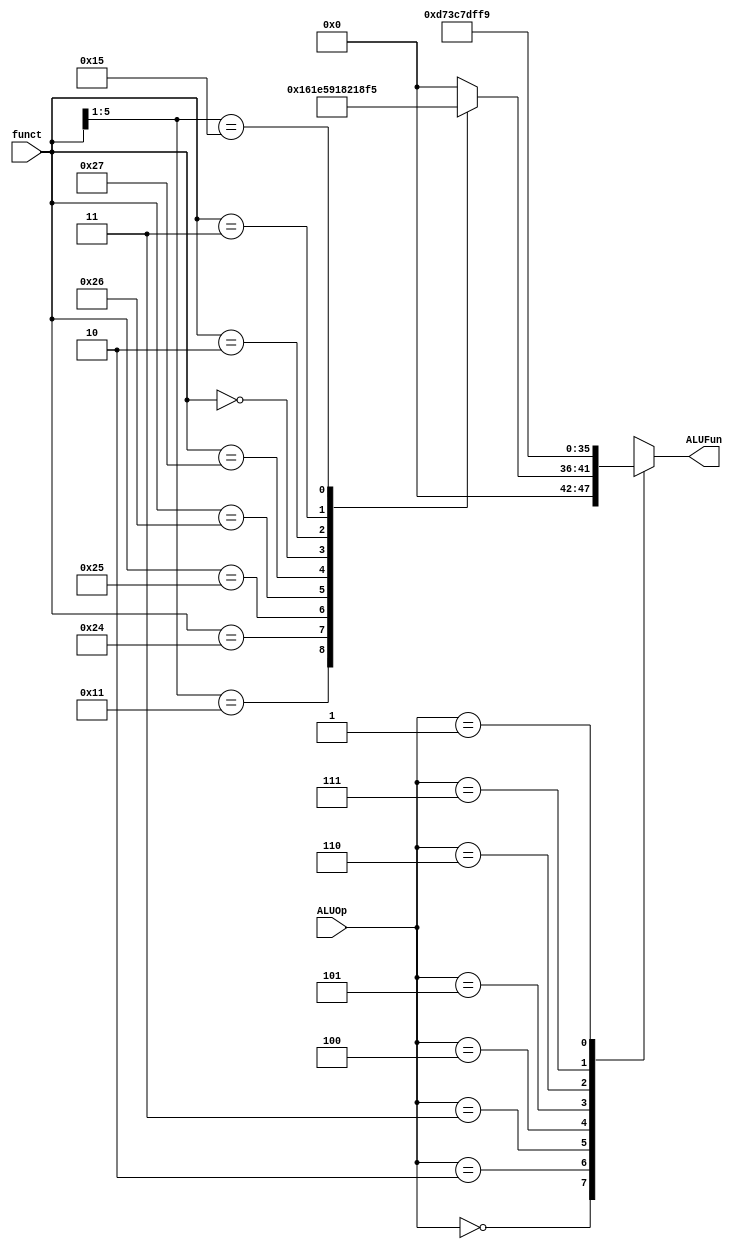
module ALUCtl(ALUOp, funct, ALUFun);
	input [2:0] ALUOp;
	input [5:0] funct;
	output reg [5:0] ALUFun;
	always @(*)
		case(ALUOp)
			3'h0:ALUFun<=6'h00;
			3'h2:
				casex(funct)
					6'b10_000x:ALUFun<=6'h00;
					6'b10_001x:ALUFun<=6'h01;
					6'h24:ALUFun<=6'h18;
					6'h25:ALUFun<=6'h1e;
					6'h26:ALUFun<=6'h16;
					6'h27:ALUFun<=6'h11;
					6'h00:ALUFun<=6'h20;
					6'h02:ALUFun<=6'h21;
					6'h03:ALUFun<=6'h23;
					6'b10_101x:ALUFun<=6'h35;
					default:ALUFun<=6'h00;
				endcase
			3'h3:ALUFun<=6'h35;
			3'h4:ALUFun<=6'h33;
			3'h5:ALUFun<=6'h31;
			3'h6:ALUFun<=6'h3d;
			3'h7:ALUFun<=6'h3f;
			3'h1:ALUFun<=6'h39;
		endcase
endmodule